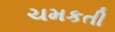
ચમકતી